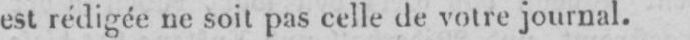
est rédigée ne soit pas celle de votre journal.